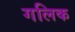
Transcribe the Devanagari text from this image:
गलिक